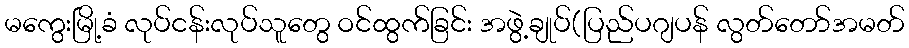
မကွေးမြို့ခံ လုပ်ငန်းလုပ်သူတွေ ဝင်ထွက်ခြင်း အဖွဲ့ချုပ်(ပြည်ပဂျပန် လွတ်တော်အမတ်